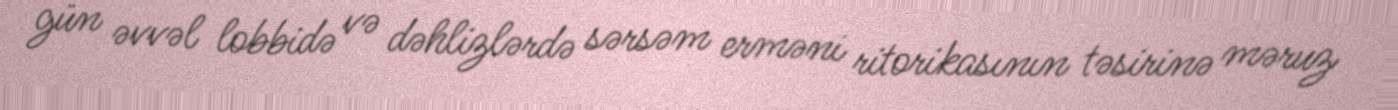
gün əvvəl lobbidə və dəhlizlərdə sərsəm erməni ritorikasının təsirinə məruz